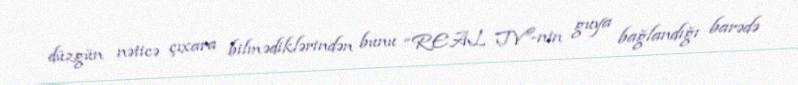
düzgün nəticə çıxara bilmədiklərindən bunu “REAL TV”-nin guya bağlandığı barədə